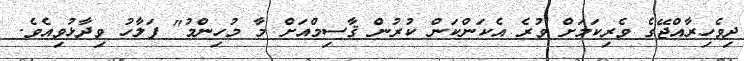
ދިވެހިރާއްޖޭގެ ވެރިކަމަށް ވުރެ އެކަންކަން ކުރުން ޤާސިމްއަށް މާ މުހިންމު" ފަލާހު ވިދާޅުވިއެވެ.